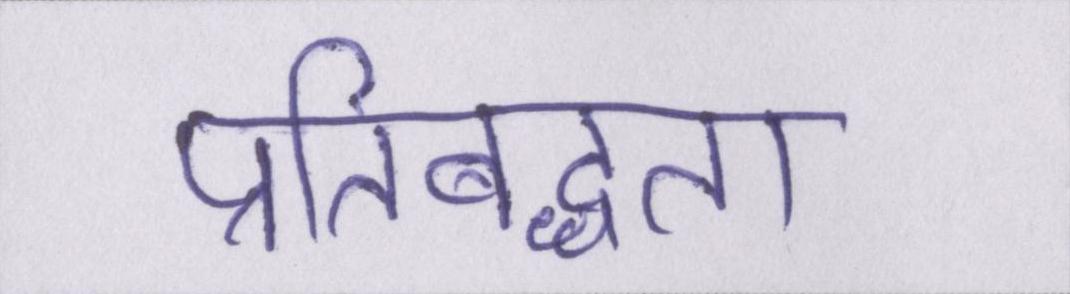
प्रतिबध्दता